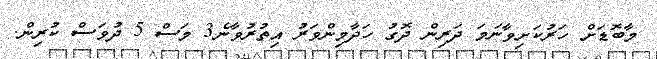
މާބޮޑަށް ހަރުކަށިވާނަމަ ދަރިން ދޮގު ހަދާމިންވަރު އިތުރުވާނެ3 މަސް 5 ދުވަސް ކުރިން.